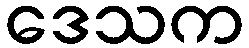
ဒေသက